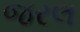
જરલ